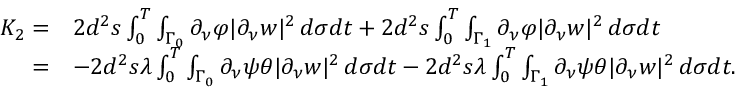
\begin{array} { r l } { K _ { 2 } = } & { 2 d ^ { 2 } s \int _ { 0 } ^ { T } \int _ { \Gamma _ { 0 } } \partial _ { \nu } \varphi | \partial _ { \nu } w | ^ { 2 } \, d \sigma d t + 2 d ^ { 2 } s \int _ { 0 } ^ { T } \int _ { \Gamma _ { 1 } } \partial _ { \nu } \varphi | \partial _ { \nu } w | ^ { 2 } \, d \sigma d t } \\ { = } & { - 2 d ^ { 2 } s \lambda \int _ { 0 } ^ { T } \int _ { \Gamma _ { 0 } } \partial _ { \nu } \psi \theta | \partial _ { \nu } w | ^ { 2 } \, d \sigma d t - 2 d ^ { 2 } s \lambda \int _ { 0 } ^ { T } \int _ { \Gamma _ { 1 } } \partial _ { \nu } \psi \theta | \partial _ { \nu } w | ^ { 2 } \, d \sigma d t . } \end{array}